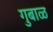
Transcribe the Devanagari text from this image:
गुबाळ